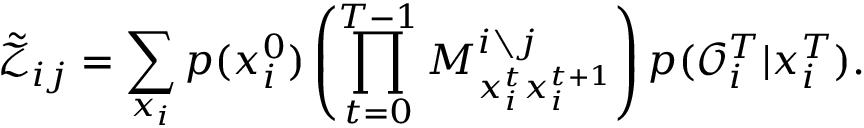
\tilde { \mathcal { Z } } _ { i j } = \sum _ { x _ { i } } p ( x _ { i } ^ { 0 } ) \left( \prod _ { t = 0 } ^ { T - 1 } M _ { x _ { i } ^ { t } x _ { i } ^ { t + 1 } } ^ { i \setminus j } \right) p ( \mathcal { O } _ { i } ^ { T } | x _ { i } ^ { T } ) .